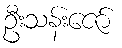
ဦးသန်းဇော်